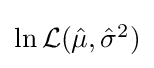
{\textstyle \ln {\mathcal {L}}({\hat {\mu }},{\hat {\sigma }}^{2})}